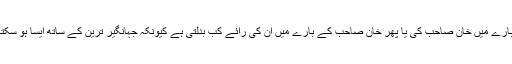
اب دیکھنا یہ ہے کہ اصل محسنوں کے بارے میں خان صاحب کی یا پھر خان صاحب کے بارے میں ان کی رائے کب بدلتی ہے کیونکہ جہانگیر ترین کے ساتھ ایسا ہو سکتا ہے تو پھر کسی کو استثنیٰ حاصل نہیں۔